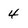
Character: 4